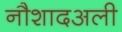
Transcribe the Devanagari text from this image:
नौशादअली